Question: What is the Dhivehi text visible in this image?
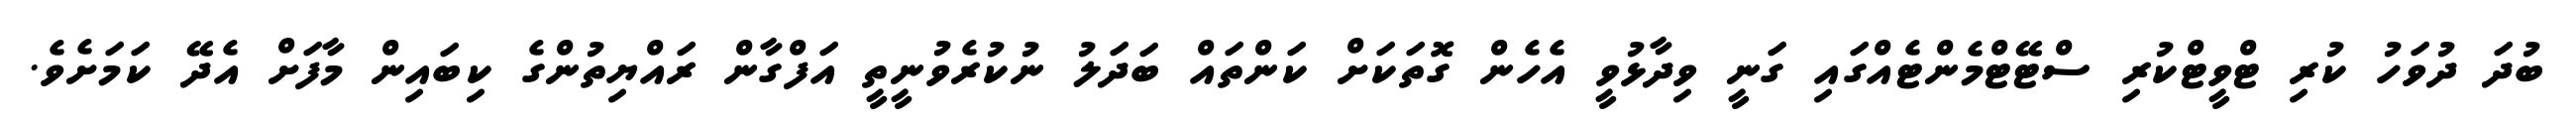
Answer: ބުދަ ދުވަހު ކުރި ޓްވީޓްކުރި ސްޓޭޓްމެންޓެއްގައި ގަނީ ވިދާޅުވީ އެހެން ގޮތަކަށް ކަންތައް ބަދަލު ނުކުރެވުނީތީ އަފްގާން ރައްޔިތުންގެ ކިބައިން މާފަށް އެދޭ ކަމަށެވެ.